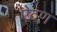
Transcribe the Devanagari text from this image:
ऐठण